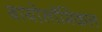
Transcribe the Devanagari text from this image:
बायोलॉमिकल